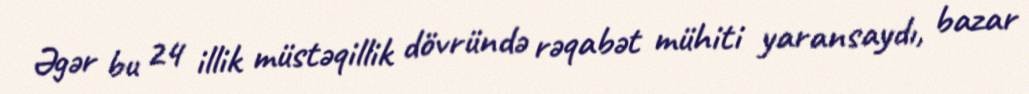
Əgər bu 24 illik müstəqillik dövründə rəqabət mühiti yaransaydı, bazar